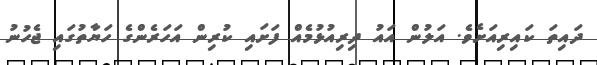
ދައިތަ ކައިރިއަށެވެ. އަލުން އައު ދިރިއުޅުމެއް ފަށައި ކުރިން އަހަރެންގެ ހަޔާތުގައި ޖެހުނު